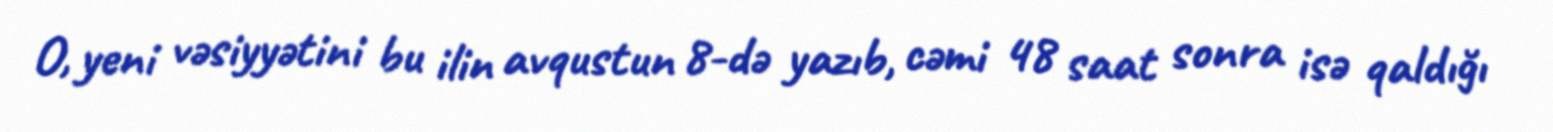
O, yeni vəsiyyətini bu ilin avqustun 8-də yazıb, cəmi 48 saat sonra isə qaldığı